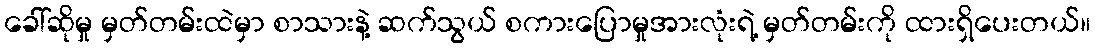
ခေါ်ဆိုမှု မှတ်တမ်းထဲမှာ စာသားနဲ့ ဆက်သွယ် စကားပြောမှုအားလုံးရဲ့ မှတ်တမ်းကို ထားရှိပေးတယ်။